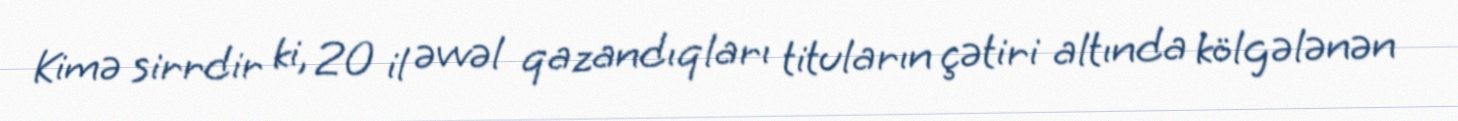
Kimə sirrdir ki, 20 il əvvəl qazandıqları tituların çətiri altında kölgələnən